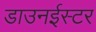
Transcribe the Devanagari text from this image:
डाउनईस्टर